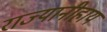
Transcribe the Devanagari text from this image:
राज्यानीहाय